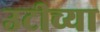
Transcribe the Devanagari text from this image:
उटीच्या